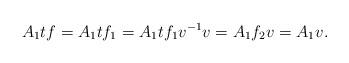
LaTeX: \begin{align*}A_1tf=A_1tf_1=A_1tf_1v^{-1}v=A_1f_2v=A_1v.\end{align*}